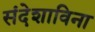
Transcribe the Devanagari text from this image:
संदेशाविना